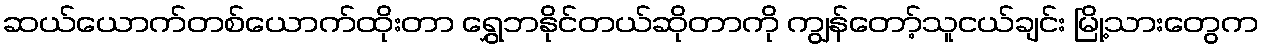
ဆယ်ယောက်တစ်ယောက်ထိုးတာ ရွှေဘနိုင်တယ်ဆိုတာကို ကျွန်တော့်သူငယ်ချင်း မြို့သားတွေက